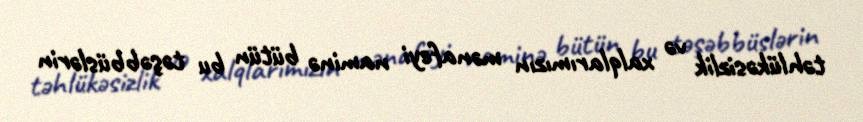
təhlükəsizlik və xalqlarımızın mənafeyi naminə bütün bu təşəbbüslərin